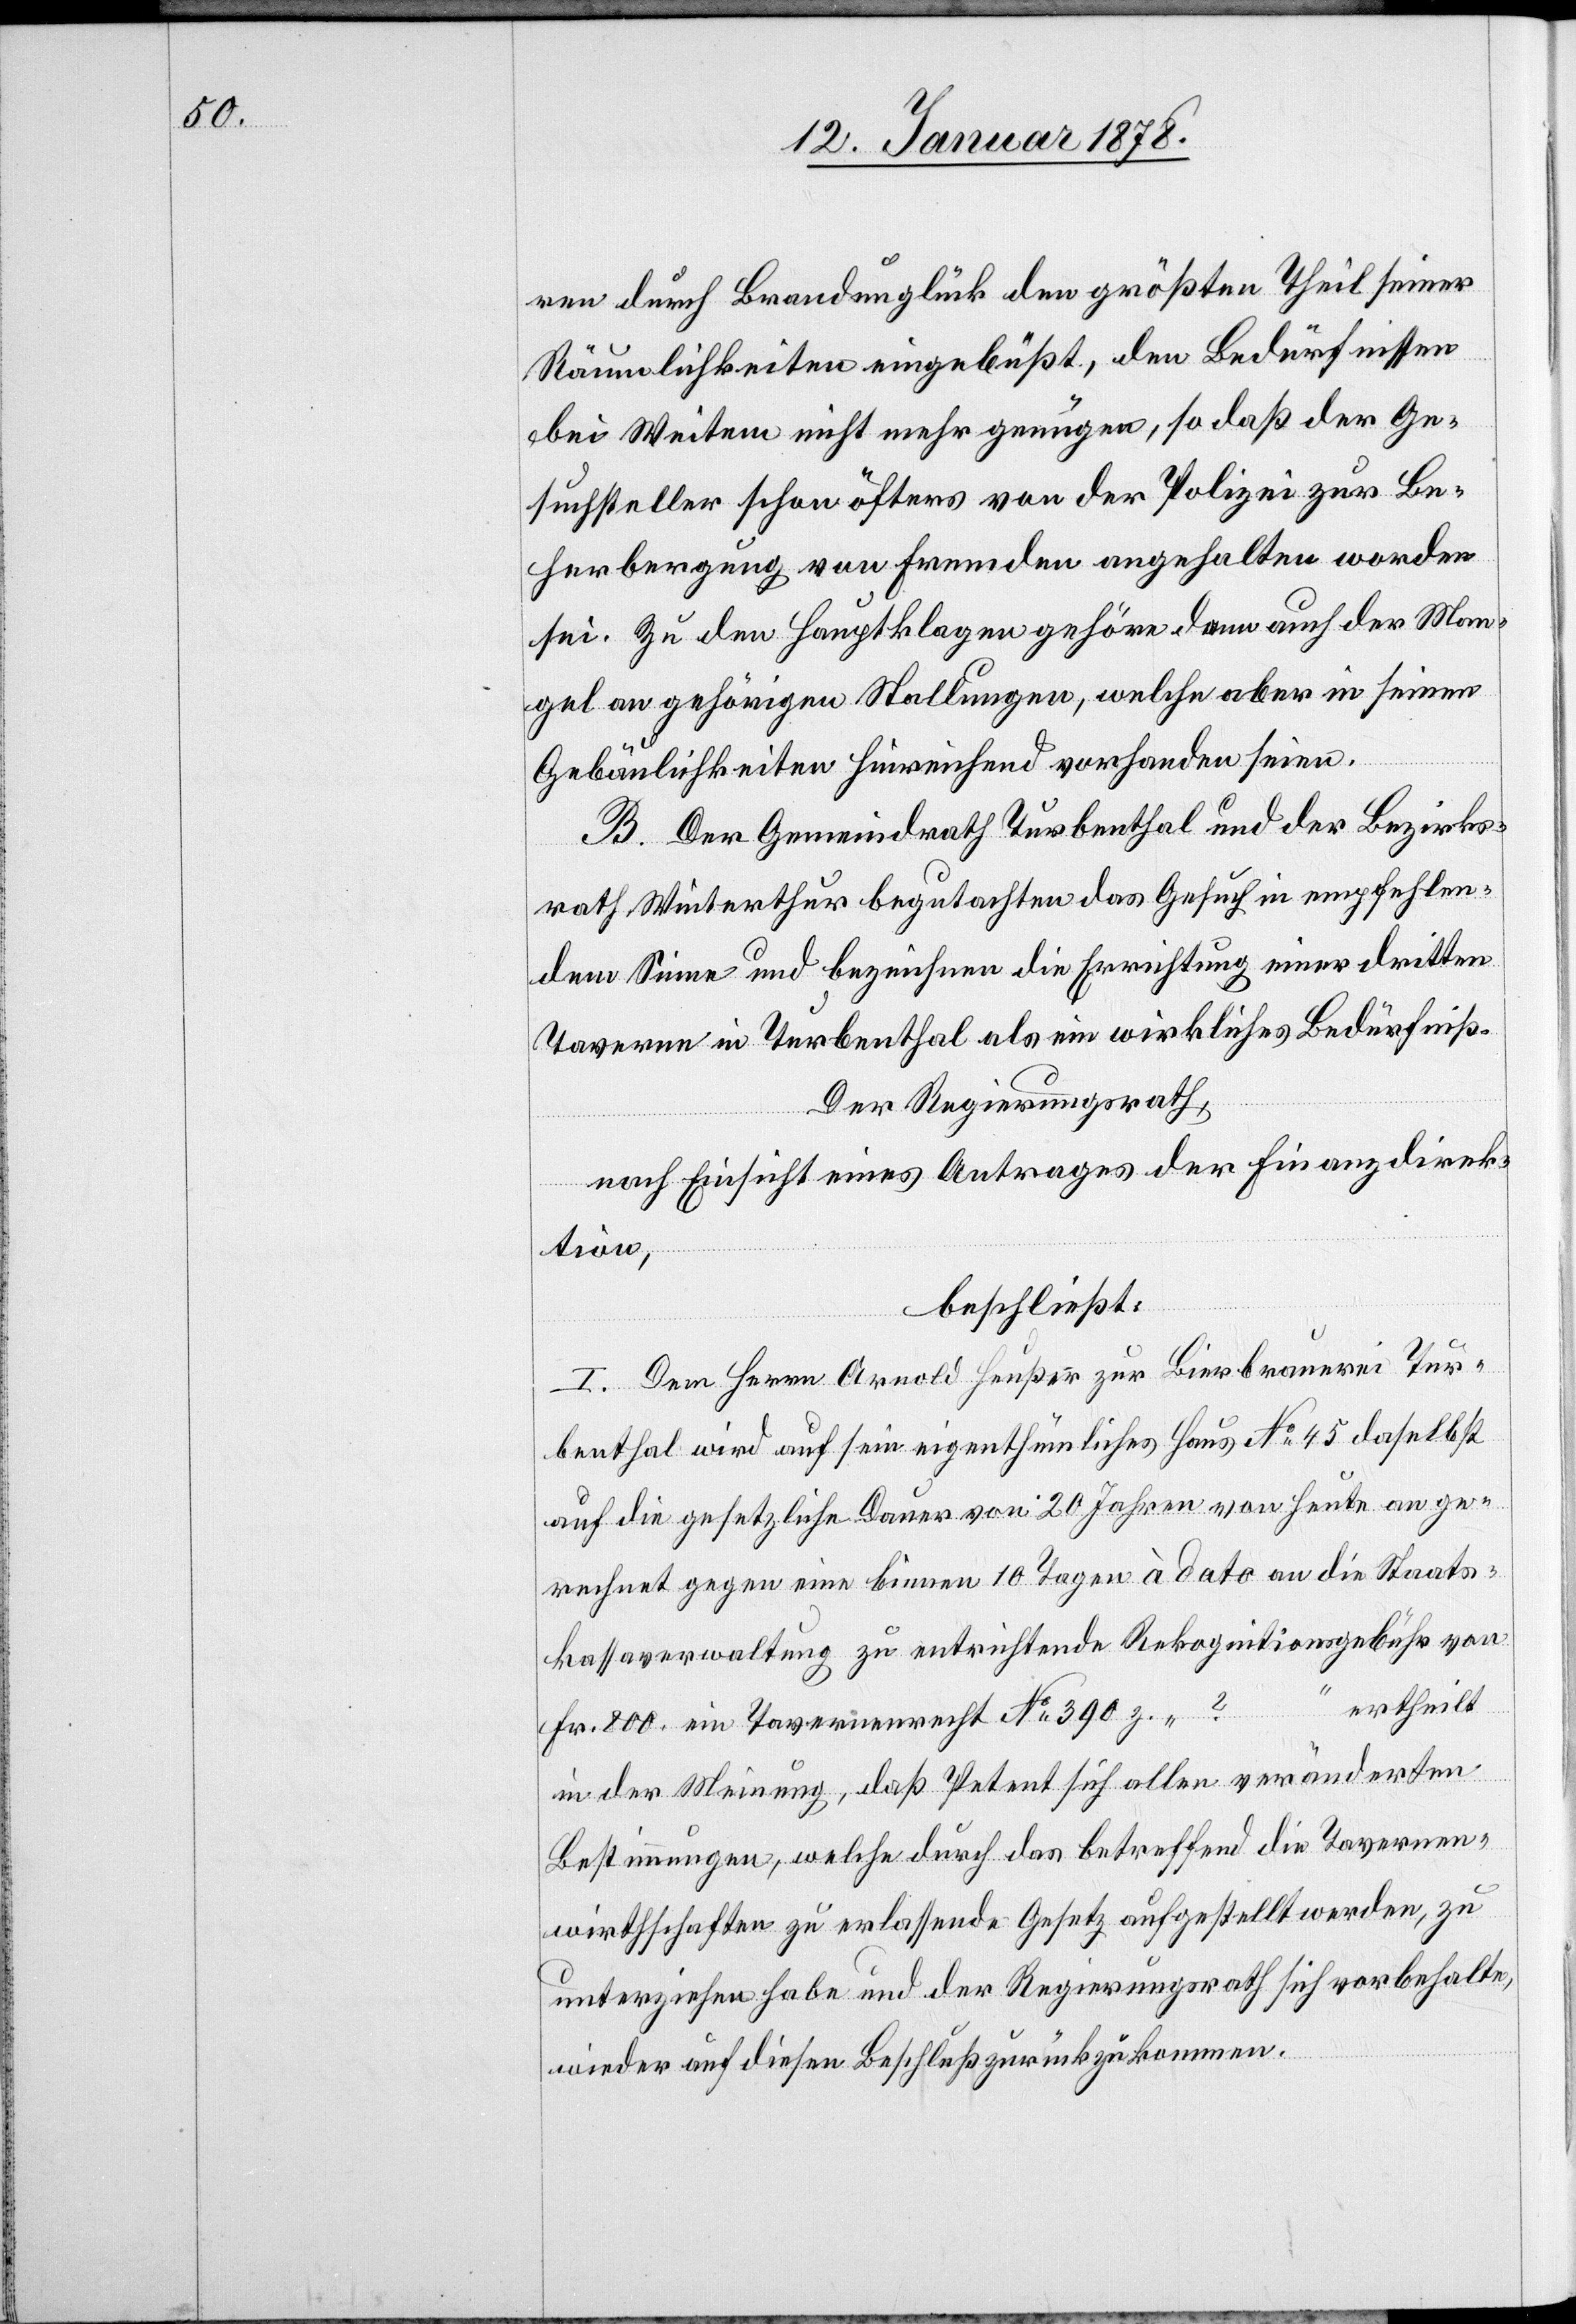
ren durch Brandunglück den größten Theil seiner
Räumlichkeiten eingebüßt, den Bedürfnissen
bei Weitem nicht mehr genügen, so daß der Ge¬
suchsteller schon öfters von der Polizei zur Be¬
herbergung von Fremden angehalten worden
sei. Zu den Hauptklagen gehöre denn auch der Man¬
gel an gehörigen Stallungen, welche aber in seinen
Gebäulichkeiten hinreichend vorhanden seien.
B. Der Gemeindrath Turbenthal und der Bezirks¬
rath Winterthur begutachten das Gesuch in empfehlen¬
dem Sinne und bezeichnen die Errichtung einer dritten
Taverne in Turbenthal als ein wirkliches Bedürfniß.
Der Regierungsrath,
nach Einsicht eines Antrages der Finanzdirek¬
tion,
beschließt:
I. Dem Herrn Arnold Heußer zur Bierbrauerei Tur¬
benthal wird auf sein eigenthümliches Haus No 45 daselbst
auf die gesetzliche Dauer von 20 Jahren von heute an ge¬
rechnet gegen eine binnen 10 Tagen à dato an die Staats¬
kassaverwaltung zu entrichtende Rekognitionsgebühr von
Fr. 800 ein Tavernenrecht No 390 z. „… ? …“ ertheilt
in der Meinung, daß Petent sich allen veränderten
Bestimmungen, welche durch das betreffend die Tavernen¬
wirthschaften zu erlassende Gesetz aufgestellt werden, zu
unterziehen habe und der Regierungsrath sich vorbehalte,
wieder auf diesen Beschluß zurückzukommen.